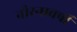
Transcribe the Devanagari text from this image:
नीरन्ध्रवर्षी